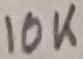
Text: 10K